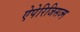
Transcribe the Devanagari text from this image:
ऐपेरिजिसज्म़